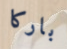
باركا